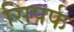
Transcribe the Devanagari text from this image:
सिपर्फ